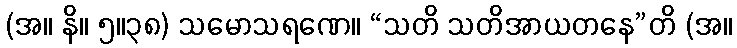
(အ။ နိ။ ၅။၃၈) သမောသရဏေ။ “သတိ သတိအာယတနေ”တိ (အ။